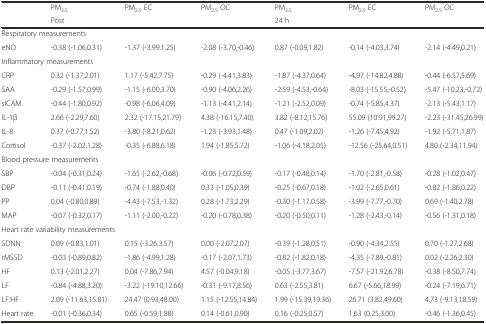
<table><thead><tr><td></td><td><b>PM<sub>2.5</sub></b></td><td><b>PM<sub>2.5</sub> EC</b></td><td><b>PM<sub>2.5</sub> OC</b></td><td><b>PM<sub>2.5</sub></b></td><td><b>PM<sub>2.5</sub> EC</b></td><td><b>PM<sub>2.5</sub> OC</b></td></tr><tr><td></td><td colspan="3"><b>Post</b></td><td colspan="3"><b>24 h</b></td></tr></thead><tbody><tr><td colspan="7">Respiratory measurements</td></tr><tr><td>eNO</td><td>-0.38 (-1.06,0.31)</td><td>-1.37 (-3.99.1.25)</td><td>-2.08 (-3.70,-0.46)</td><td>0.87 (-0.09,1.82)</td><td>-0.14 (-4.03,3.74)</td><td>-2.14 (-4.49,0.21)</td></tr><tr><td colspan="7">Inflammatory measurements</td></tr><tr><td>CRP</td><td>0.32 (-1.37,2.01)</td><td>1.17 (-5.42,7.75)</td><td>-0.29 (-4.41,3.83)</td><td>-1.87 (-4.37,0.64)</td><td>-4.97 (-14.82,4.88)</td><td>-0.44 (-6.57,5.69)</td></tr><tr><td>SAA</td><td>-0.29 (-1.57,0.99)</td><td>-1.15 (-6.00,3.70)</td><td>-0.90 (-4.06,2.26)</td><td>-2.59 (-4.53,-0.64)</td><td>-8.03 (-15.55,-0.52)</td><td>-5.47 (-10.23,-0.72)</td></tr><tr><td>sICAM</td><td>-0.44 (-1.80,0.92)</td><td>-0.98 (-6.06,4.09)</td><td>-1.13 (-4.41,2.14)</td><td>-1.21 (-2.52,0.09)</td><td>-0.74 (-5.85,4.37)</td><td>-2.13 (-5.43,1.17)</td></tr><tr><td>IL-1β</td><td>2.66 (-2.29,7.60)</td><td>2.32 (-17.15,21.79)</td><td>4.38 (-16.15,7.40)</td><td>3.82 (-8.12,15.76)</td><td>55.09 (10.91,99.27)</td><td>-2.23 (-31.45,26.99)</td></tr><tr><td>IL-8</td><td>0.37 (-0.77,1.52)</td><td>-3.80 (-8.21,0.62)</td><td>-1.23 (-3.93,1.48)</td><td>0.47 (-1.09,2.02)</td><td>-1.26 (-7.45,4.92)</td><td>-1.92 (-5.71,1.87)</td></tr><tr><td>Cortisol</td><td>-0.37 (-2.02,1.28)</td><td>-0.35 (-6.88,6.18)</td><td>1.94 (-1.85,5.72)</td><td>-1.06 (-4.18,2.05)</td><td>-12.56 (-25.64,0.51)</td><td>4.80 (-2.34,11.94)</td></tr><tr><td colspan="7">Blood pressure measurements</td></tr><tr><td>SBP</td><td>-0.04 (-0.31,0.24)</td><td>-1.65 (-2.62,-0.68)</td><td>-0.06 (-0.72,0.59)</td><td>-0.17 (-0.48,0.14)</td><td>-1.70 (-2.81,-0.58)</td><td>-0.28 (-1.02,0.47)</td></tr><tr><td>DBP</td><td>-0.11 (-0.41,0.19)</td><td>-0.74 (-1.88,0.40)</td><td>0.33 (-1.05,0.39)</td><td>-0.25 (-0.67,0.18)</td><td>-1.02 (-2.65,0.61)</td><td>-0.82 (-1.86,0.22)</td></tr><tr><td>PP</td><td>0.04 (-0.80,0.89)</td><td>-4.43 (-7.53,-1.32)</td><td>0.28 (-1.73,2.29)</td><td>-0.30 (-1.17,0.58)</td><td>-3.99 (-7.77,-0.70)</td><td>0.69 (-1.40,2.78)</td></tr><tr><td>MAP</td><td>-0.07 (-0.32,0.17)</td><td>-1.11 (-2.00,-0.22)</td><td>-0.20 (-0.78,0.38)</td><td>-0.20 (-0.50,0.11)</td><td>-1.28 (-2.43,-0.14)</td><td>-0.56 (-1.31,0.18)</td></tr><tr><td colspan="7">Heart rate variability measurements</td></tr><tr><td>SDNN</td><td>0.09 (-0.83,1.01)</td><td>0.15 (-3.26,3.57)</td><td>0.00 (-2.07,2.07)</td><td>-0.39 (-1.28,0.51)</td><td>-0.90 (-4.34,2.55)</td><td>0.70 (-1.27,2.68)</td></tr><tr><td>rMSSD</td><td>-0.03 (-0.89,0.82)</td><td>-1.86 (-4.99,1.28)</td><td>-0.17 (-2.07,1.73)</td><td>-0.82 (-1.82,0.18)</td><td>-4.35 (-7.89,-0.81)</td><td>0.02 (-2.26,2.30)</td></tr><tr><td>HF</td><td>0.13 (-2.01,2.27)</td><td>0.04 (-7.86,7.94)</td><td>4.57 (-0.04,9.18)</td><td>-0.05 (-3.77,3.67)</td><td>-7.57 (-21.92,6.78)</td><td>-0.38 (-8.50,7.74)</td></tr><tr><td>LF</td><td>-0.84 (-4.88,3.20)</td><td>-3.22 (-19.10,12.66)</td><td>-0.31 (-9.17,8.56)</td><td>0.63 (-2.55,3.81)</td><td>6.67 (-5.66,18.99)</td><td>-0.24 (-7.19,6.71)</td></tr><tr><td>LF:HF</td><td>2.09 (-11.63,15.81)</td><td>24.47 (0.93,48.00)</td><td>1.15 (-12.55,14.84)</td><td>1.99 (-15.39,19.36)</td><td>26.71 (3.82,49.60)</td><td>4.73 (-9.13,18.59)</td></tr><tr><td>Heart rate</td><td>-0.01 (-0.36,0.34)</td><td>0.65 (-0.59,1.88)</td><td>0.14 (-0.61,0.90)</td><td>0.16 (-0.25,0.57)</td><td>1.63 (0.25,3.00)</td><td>-0.46 (-1.36,0.45)</td></tr></tbody></table>